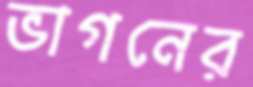
ভাগনের